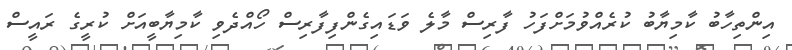
އިންތިހާބު ކާމިޔާބު ކުރެއްވުމަށްފަހު ފާރިސް މާލެ ވަޑައިގެންފިފާރިސް ހޯއްދެވި ކާމިޔާބީއަށް ކުރީގެ ރައީސް